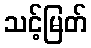
သင့်မြတ်